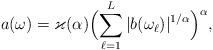
LaTeX: \begin{align*}a(\omega) =\varkappa(\alpha)\Bigl(\sum_{\ell=1}^L |b(\omega_{\ell})|^{1/\alpha}\Bigr)^\alpha,\end{align*}